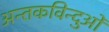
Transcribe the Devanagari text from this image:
अन्तकविन्दुओं